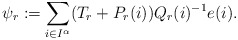
\begin{align*}\psi_r:=\sum_{i\in I^{\alpha}}(T_r+P_r(i))Q_r(i)^{-1} e(i).\end{align*}